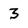
Character: 3